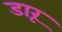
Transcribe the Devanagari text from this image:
डारू